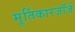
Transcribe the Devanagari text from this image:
मूर्तिकारजॉर्ज